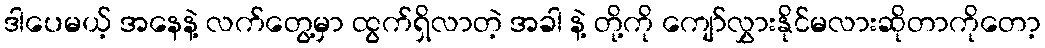
ဒါပေမယ့် အနေနဲ့ လက်တွေ့မှာ ထွက်ရှိလာတဲ့ အခါ နဲ့ တို့ကို ကျော်လွှားနိုင်မလားဆိုတာကိုတော့